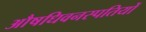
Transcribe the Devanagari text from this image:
औषधिवनस्पतियों